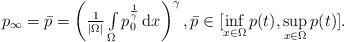
LaTeX: \begin{align*}\begin{array}{ll}p_{\infty} = \bar{p} = \left( \frac{1}{|\Omega|}\int\limits_{\Omega} p_0^{\frac{1}{\gamma}}\,\mathrm{d}x \right)^{\gamma},\bar{p}\in[\inf\limits_{x\in\Omega}p(t),\sup\limits_{x\in\Omega}p(t)].\end{array}\end{align*}